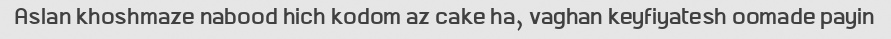
Aslan khoshmaze nabood hich kodom az cake ha, vaghan keyfiyatesh oomade payin